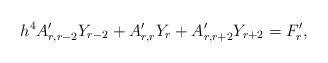
LaTeX: \begin{align*} h^4A'_{r,r-2}Y_{r-2}+A'_{r,r}Y_r+A'_{r,r+2}Y_{r+2}=F'_r,\end{align*}